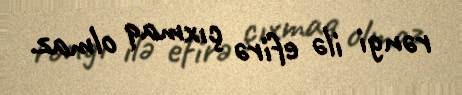
rəngi ilə efirə çıxmaq olmaz.